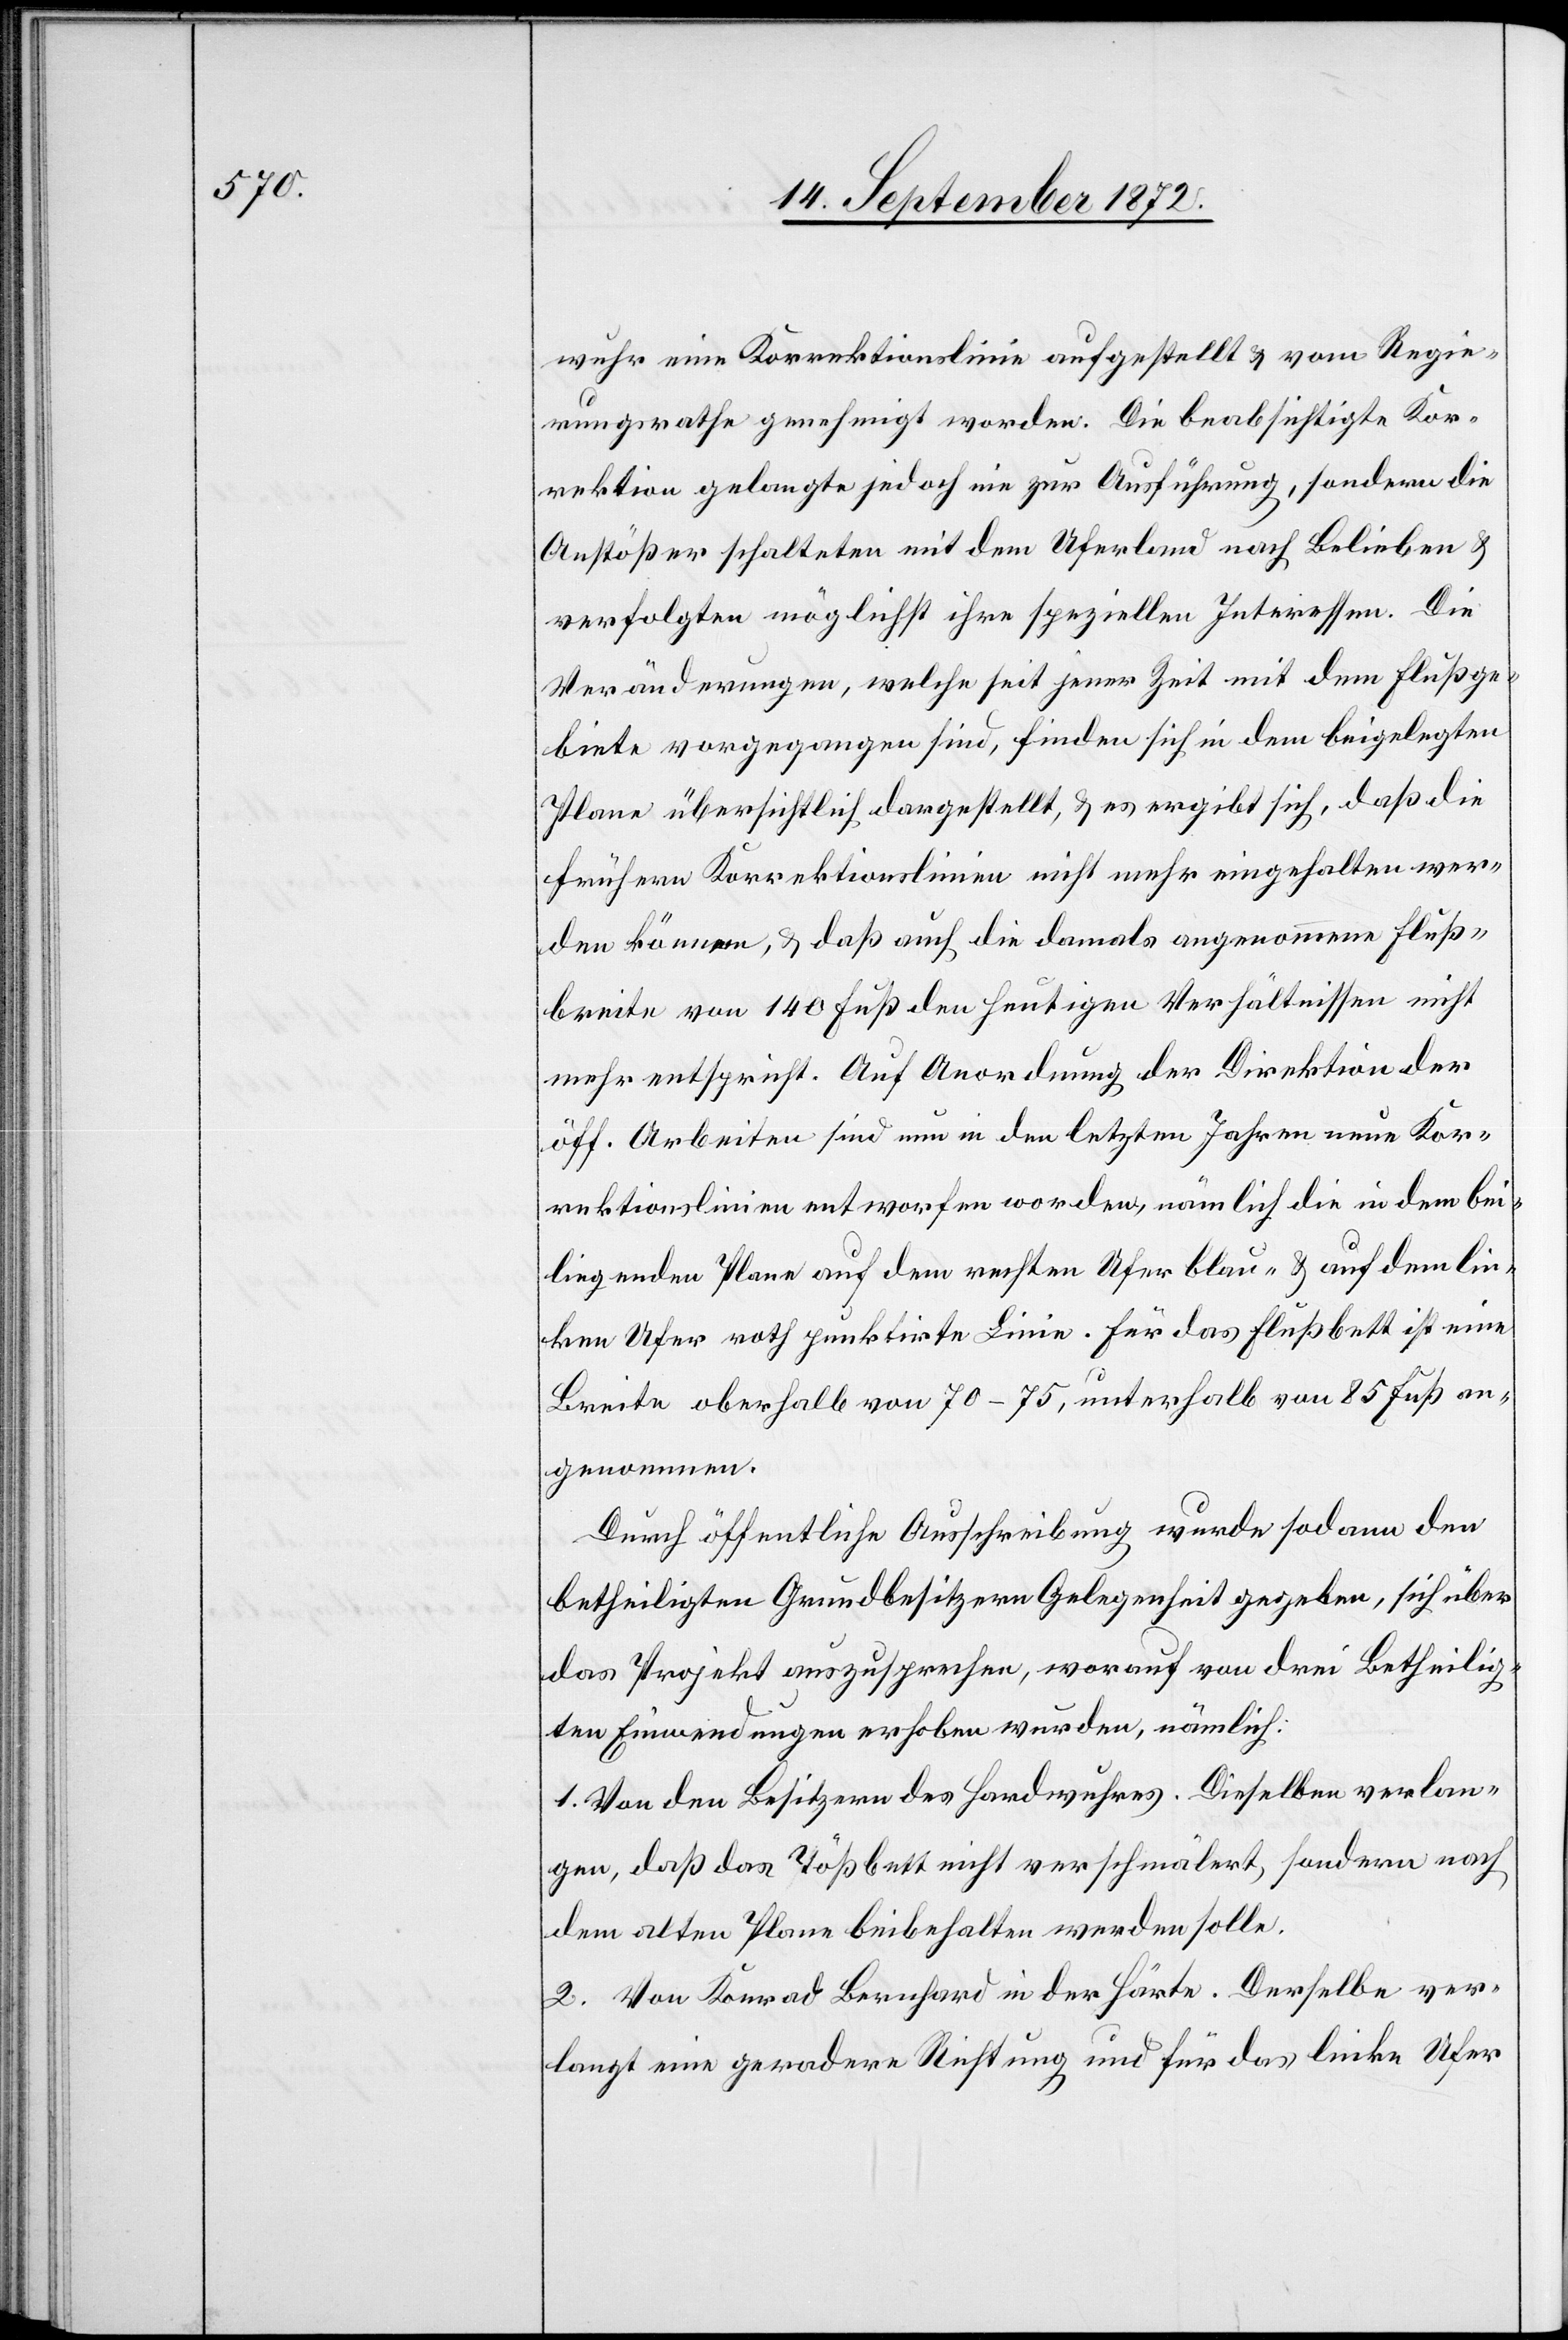
wuhr eine Korrektionslinie aufgestellt u. vom Regie¬
rungsrathe genehmigt worden. Die beabsichtigte Kor¬
rektion gelangte jedoch nie zur Ausführung, sondern die
Anstößer schalteten mit dem Uferland nach Belieben u.
verfolgten möglichst ihre speziellen Interessen. Die
Veränderungen, welche seit jener Zeit mit dem Flußge¬
biete vorgegangen sind, finden sich in dem beigelegten
Plane übersichtlich dargestellt, u. es ergibt sich, das die
frühern Korrektionslinien nicht mehr eingehalten wer¬
den können, u. daß auch die damals angenommene Fluß¬
breite von 140 Fuß den heutigen Verhältnissen nicht
mehr entspricht. Auf Anordnung der Direktion der
öff. Arbeiten sind nun in den letzten Jahren neue Kor¬
rektionslinien entworfen worden, nämlich die in dem bei¬
liegenden Plane auf dem rechten Ufer blau- u. auf dem lin¬
ken Ufer roth punktirte Linie. Für das Flußbett ist eine
Breite oberhalb von 70–75, unterhalb von 85 Fuß an¬
genommen.
Durch öffentliche Ausschreibung wurde sodann den
betheiligten Grundbesitzern Gelegenheit gegeben, sich über
das Projekt auszusprechen, worauf von drei Betheilig¬
ten Einwendungen erhoben wurden, nämlich:
1. Von den Besitzern des Hardwuhres. Dieselben verlan¬
gen, daß das Tößbett nicht verschmälert, sondern nach
dem alten Plane beibehalten werden solle.
2. Von Konrad Bernhard in der Härte. Derselbe ver¬
langt eine geradere Richtung und für das linke Ufer